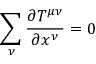
\sum _ { \nu } \frac { \partial T ^ { \mu \nu } } { \partial x ^ { \nu } } = 0